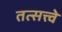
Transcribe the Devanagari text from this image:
तत्सत्त्वे